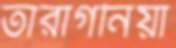
তারাগনিয়া